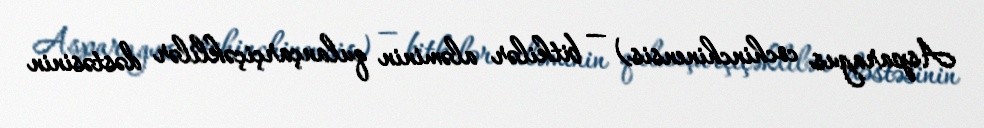
Asparagus cochinchinensis) — bitkilər aləminin qulançarçiçəklilər dəstəsinin